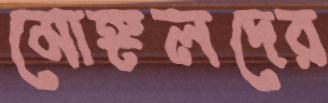
মোঙ্গলদের